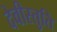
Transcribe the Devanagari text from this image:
देवीस्तुति